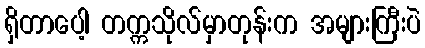
ရှိတာပေါ့ တက္ကသိုလ်မှာတုန်းက အများကြီးပဲ